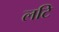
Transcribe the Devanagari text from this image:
लटि